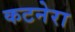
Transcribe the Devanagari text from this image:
कटनेरा